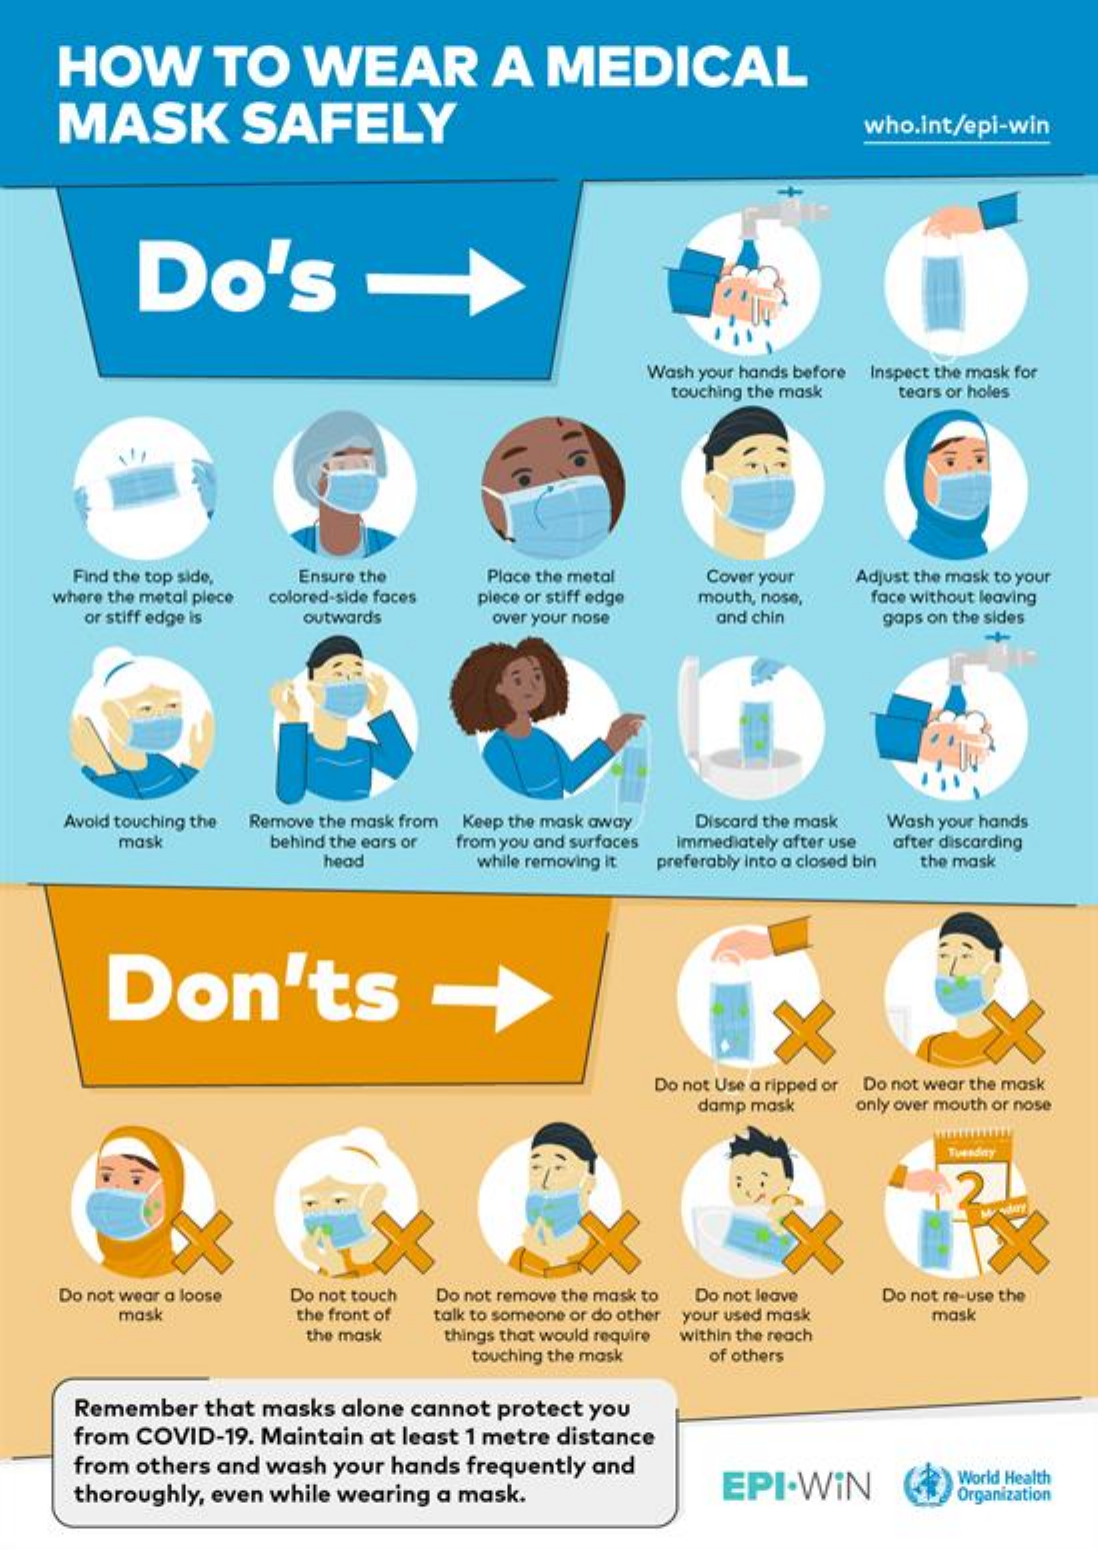
HOW    TO    WEAR    A   MEDICAL
     MASK    SAFELY    who.int/epi-win
     Do's
     Wash your hands before Inspect the mask for
     touching the mask tears or holes
     Find the top side,
    where the metal piece
     Ensure the    Place the metal  Cover your  Adjust the mask to your
     colored-side faces piece or stiff edge mouth, nose, face without leaving
     or stiff edge is outwards    over your nose   and chin    gaps on the sides
     Avoid touching the Remove the mask from Keep the mask away Discard the mask Wash your hands
     mask    behind the ears or from you and surfaces immediately after use
     head    while removing it preferably into a closed bin
     after discarding
     the mask
     Don'ts
     Do not Use a ripped or Do not wear the mask
     damp mask   only over mouth or nose
     Tuesday
     X
     Do not wear a loose Do not touch Do not remove the mask to Do not leave Do not re-use the
     mask    the front of talk to someone or do other your used mask mask
     the mask   things that would require within the reach
     touching the mask of others
     Remember  that masks alone cannot protect you
     from COVID-19. Maintain at least 1 metre distance
     from others and wash your hands frequently and
     thoroughly, even while wearing a mask.    EPI-WIN    World Health
     Organization